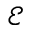
\mathcal { E }